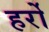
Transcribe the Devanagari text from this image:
हर्रो